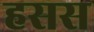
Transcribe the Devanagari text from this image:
हसस